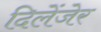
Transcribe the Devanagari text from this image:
दिलेंजेर